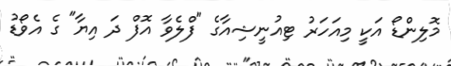
މޮލިންޑޯ އަކީ މިއަހަރު ޓިއުނީޝިއާގެ "ފްލެވާ އޮފް ދަ އިޔާ" ގެ އެވޯޑު